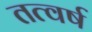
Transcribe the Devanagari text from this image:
तत्वर्ष